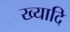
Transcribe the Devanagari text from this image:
ख्यादि